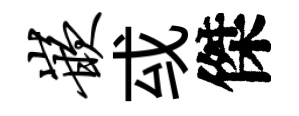
嵌㦯傑